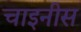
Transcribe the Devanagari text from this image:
चाइनीस